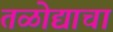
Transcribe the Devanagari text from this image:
तळोद्याचा